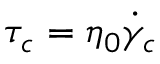
\tau _ { c } = \eta _ { 0 } \dot { \gamma } _ { c }